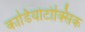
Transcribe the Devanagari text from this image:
कार्डियोटोक्सिक